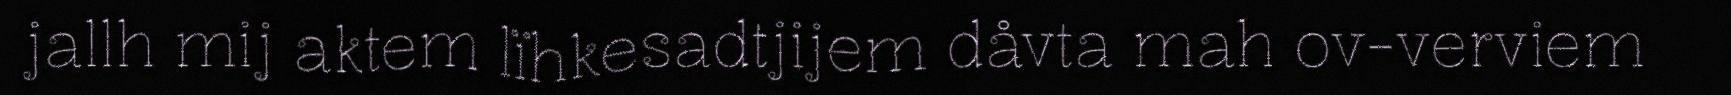
jallh mij aktem lïhkesadtjijem dåvta mah ov-verviem